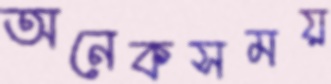
অনেকসময়